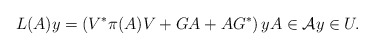
\begin{align*}L(A)y= \left( V^* \pi (A)V + GA+AG^* \right)y A \in \mathcal{A} y \in U.\end{align*}